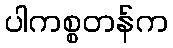
ပါကစ္စတန်က